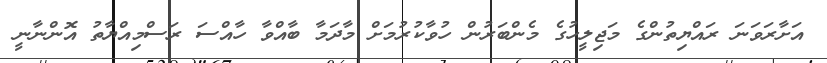
އަށާރަވަނަ ރައްޔިތުންގެ މަޖިލީހުގެ މެންބަރުން ހުވާކުރުމަށް މާދަމާ ބާއްވާ ހާއްސަ ރަސްމިއްޔާތު އޮންނާނީ